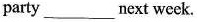
party ___next week.